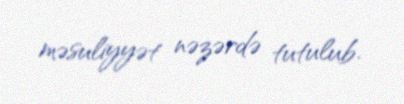
məsuliyyət nəzərdə tutulub.